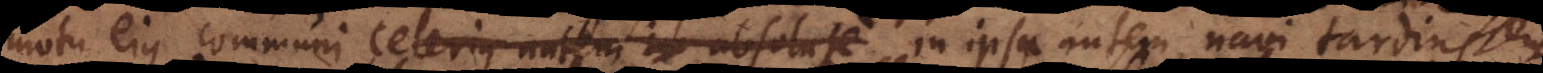
motu ejus communi, celerius autem in absolute in ipsa autem navi tardius